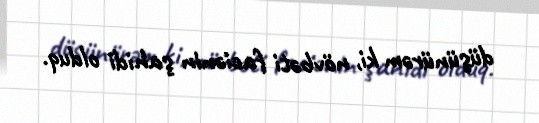
düşünürəm ki, növbəti faciənin şahidi olduq.